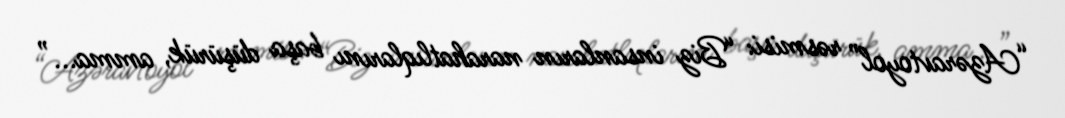
“Azəravtoyol” rəsmisi: “Biz insanların narahatlıqlarını başa düşürük, amma...”